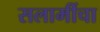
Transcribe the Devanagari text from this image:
सलामींचा